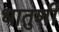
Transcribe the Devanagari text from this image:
धातुशी